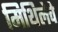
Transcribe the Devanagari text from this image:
मिथिलेचे